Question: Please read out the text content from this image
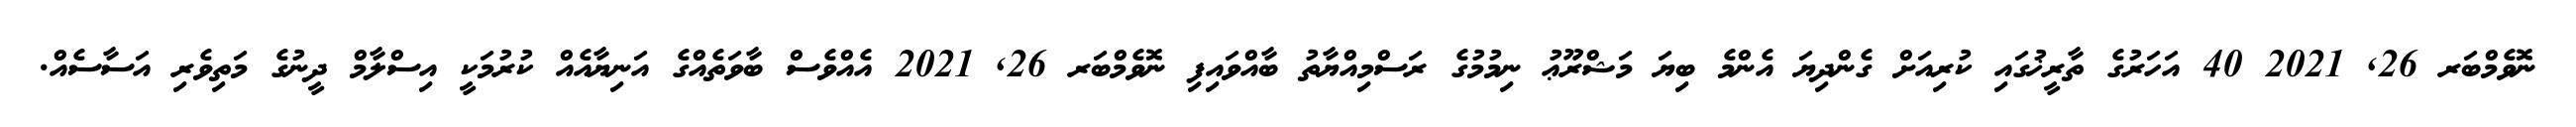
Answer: ނޮވެމްބަރ 26, 2021 40 އަހަރުގެ ތާރީޚުގައި ކުރިއަށް ގެންދިޔަ އެންމެ ބިޔަ މަޝްރޫޢު ނިމުމުގެ ރަސްމިއްޔާތު ބާއްވައިފި ނޮވެމްބަރ 26, 2021 އެއްވެސް ބާވަތެއްގެ އަނިޔާއެއް ކުރުމަކީ އިސްލާމް ދީނުގެ މަތިވެރި އަސާސެއް.